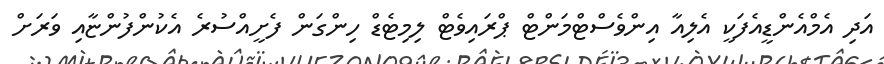
އަދި އެމްއެންޑީއެފަކީ އެލިއާ އިންވެސްޓްމަންޓް ޕްރައިވެޓް ލިމިޓެޑް ހިންގަން ފެށީއްސުރެ އެކުންފުންޏާއި ވަރަށް